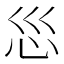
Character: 𫹱